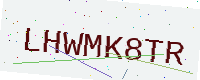
Text: LHWMK8TR